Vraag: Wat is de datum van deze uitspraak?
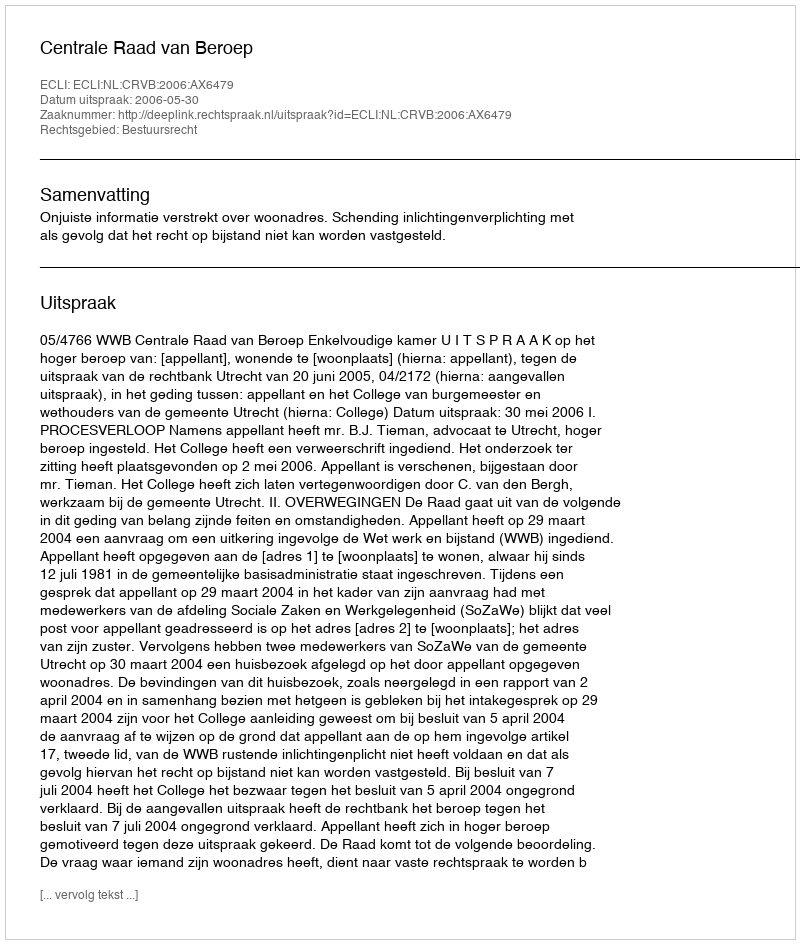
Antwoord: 2006-05-30